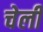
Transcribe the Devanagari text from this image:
चेर्ली